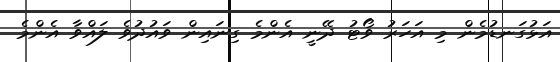
އަޅުގަނޑުމެން މި އަހަރު ވޯޓު ދޭނީ އެންމެ ގިނައިން ވައުދުވެ ލައްވާ އެންމެ